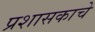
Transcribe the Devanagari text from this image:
प्रशासकाचे